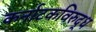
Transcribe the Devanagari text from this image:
कर्नाटकविरुद्ध